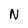
Character: N